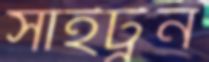
সাইট্রন